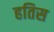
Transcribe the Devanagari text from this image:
हतिस